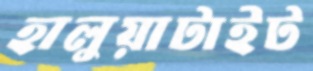
হালুয়াটাইট